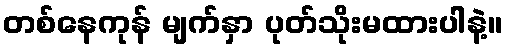
တစ်နေကုန် မျက်နှာ ပုတ်သိုးမထားပါနဲ့။